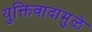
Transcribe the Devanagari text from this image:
युक्तिवादामुळे